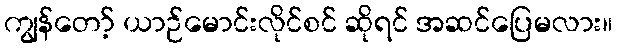
ကျွန်တော့် ယာဉ်မောင်းလိုင်စင် ဆိုရင် အဆင်ပြေမလား။